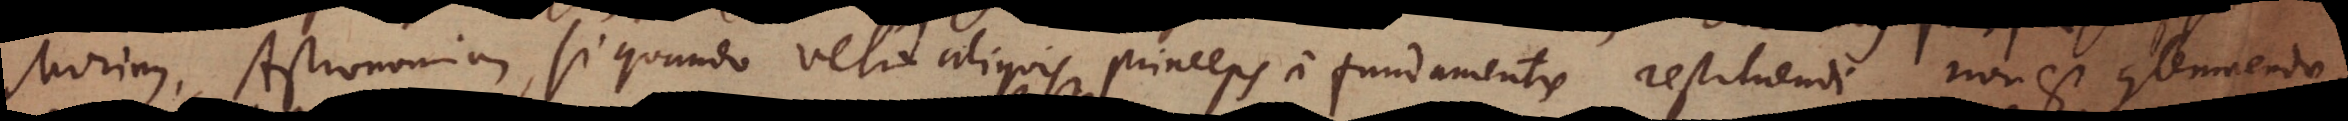
Morinus, Astronomiam, si quando velit aliquis princeps a fundamentis restituendi non est contemnenda.